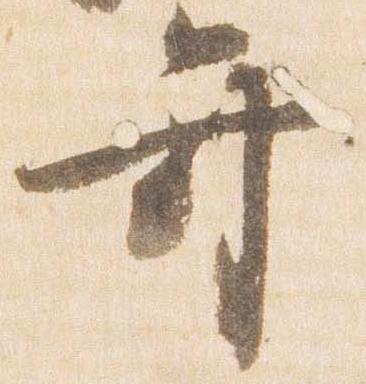
弁